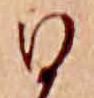
ひ